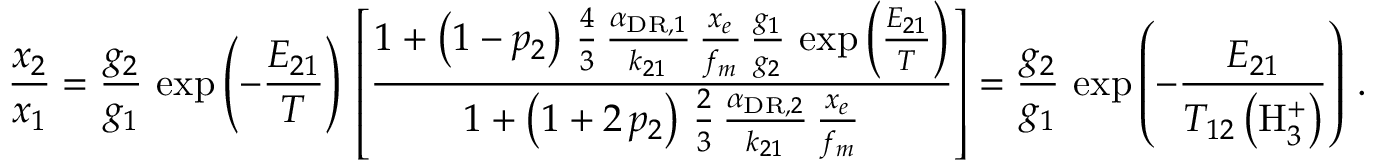
\frac { x _ { 2 } } { x _ { 1 } } = \frac { g _ { 2 } } { g _ { 1 } } \, \exp \left( - \frac { E _ { 2 1 } } { T } \right) \, \left[ \frac { 1 + \left( 1 - p _ { 2 } \right) \, \frac { 4 } { 3 } \, \frac { \alpha _ { \mathrm { D R } , 1 } } { k _ { 2 1 } } \, \frac { x _ { e } } { f _ { m } } \, \frac { g _ { 1 } } { g _ { 2 } } \, \exp \left( \frac { E _ { 2 1 } } { T } \right) } { 1 + \left( 1 + 2 \, p _ { 2 } \right) \, \frac { 2 } { 3 } \, \frac { \alpha _ { \mathrm { D R } , 2 } } { k _ { 2 1 } } \, \frac { x _ { e } } { f _ { m } } } \right] = \frac { g _ { 2 } } { g _ { 1 } } \, \exp \left( - \frac { E _ { 2 1 } } { T _ { 1 2 } \left( \mathrm { H } _ { 3 } ^ { + } \right) } \right) \, .